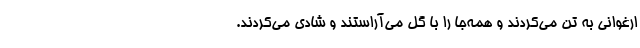
ارغوانی به تن می‌کردند و همه‌جا را با گل می‌آراستند و شادی می‌کردند.